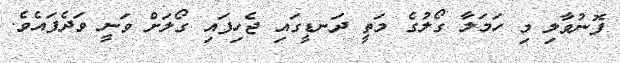
ފޮނުވާލި މި ހަމަލާ ގޯލުގެ މަތީ ދަނޑީގައި ޖެހިފައި ގޯލަށް ވަނީ ވަދެފައެވެ.